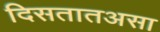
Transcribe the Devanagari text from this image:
दिसतातअसा